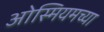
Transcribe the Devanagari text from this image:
ओस्मियमच्या